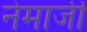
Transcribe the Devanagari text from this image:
नेमाजी